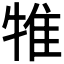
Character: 𤙵